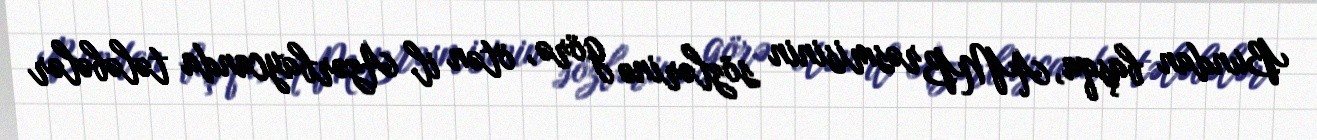
Bundan başqa, AMB rəsmisinin sözlərinə görə, ötən il Azərbaycanda tələbələr